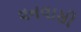
વનવાસી